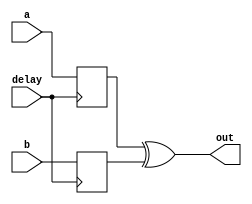
module xor_gate_delay(
    input wire a,
    input wire b,
    input wire delay,
    output reg out
);

reg a_delayed, b_delayed;

always @(posedge delay) begin
    a_delayed <= a;
    b_delayed <= b;
end

always @* begin
    out = a_delayed ^ b_delayed;
end

endmodule